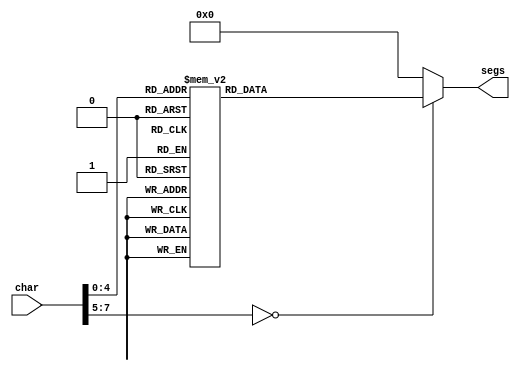
/*
   This file was generated automatically by Alchitry Labs version 1.2.1.
   Do not edit this file directly. Instead edit the original Lucid source.
   This is a temporary file and any changes made to it will be destroyed.
*/

module seven_seg_18 (
    input [7:0] char,
    output reg [6:0] segs
  );
  
  
  
  always @* begin
    
    case (char)
      8'h00: begin
        segs = 7'h3f;
      end
      8'h01: begin
        segs = 7'h06;
      end
      8'h02: begin
        segs = 7'h5b;
      end
      8'h03: begin
        segs = 7'h4f;
      end
      8'h04: begin
        segs = 7'h66;
      end
      8'h05: begin
        segs = 7'h6d;
      end
      8'h06: begin
        segs = 7'h7d;
      end
      8'h07: begin
        segs = 7'h07;
      end
      8'h08: begin
        segs = 7'h7f;
      end
      8'h09: begin
        segs = 7'h67;
      end
      8'h0a: begin
        segs = 7'h77;
      end
      8'h0b: begin
        segs = 7'h7c;
      end
      8'h0c: begin
        segs = 7'h39;
      end
      8'h0d: begin
        segs = 7'h6d;
      end
      8'h0e: begin
        segs = 7'h79;
      end
      8'h0f: begin
        segs = 7'h33;
      end
      8'h10: begin
        segs = 7'h00;
      end
      default: begin
        segs = 7'h00;
      end
    endcase
  end
endmodule